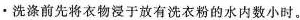
·洗涤前先将衣物浸于放有洗衣粉的水内数小时。